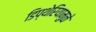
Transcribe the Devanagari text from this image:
डिप्थेरियामुळे